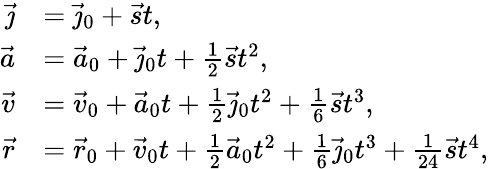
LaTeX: {\begin{array}{rl}{{\vec{\jmath}}}&{={\vec{\jmath}}_{0}+{\vec{s}}t,}\\ {{\vec{a}}}&{={\vec{a}}_{0}+{\vec{\jmath}}_{0}t+{\frac{1}{2}}{\vec{s}}t^{2},}\\ {{\vec{v}}}&{={\vec{v}}_{0}+{\vec{a}}_{0}t+{\frac{1}{2}}{\vec{\jmath}}_{0}t^{2}+{\frac{1}{6}}{\vec{s}}t^{3},}\\ {{\vec{r}}}&{={\vec{r}}_{0}+{\vec{v}}_{0}t+{\frac{1}{2}}{\vec{a}}_{0}t^{2}+{\frac{1}{6}}{\vec{\jmath}}_{0}t^{3}+{\frac{1}{24}}{\vec{s}}t^{4},}\end{array}}